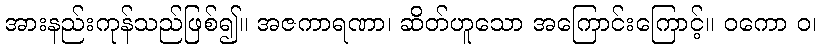
အားနည်းကုန်သည်ဖြစ်၍။ အဇကာရဏာ၊ ဆိတ်ဟူသော အကြောင်းကြောင့်။ ဝကော ဝ၊